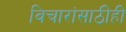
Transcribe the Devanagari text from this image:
विचारांसाठीही